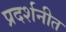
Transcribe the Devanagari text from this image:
प्रदर्शनीत